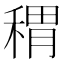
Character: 稩